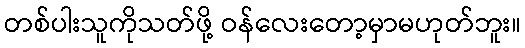
တစ်ပါးသူကိုသတ်ဖို့ ဝန်လေးတော့မှာမဟုတ်ဘူး။